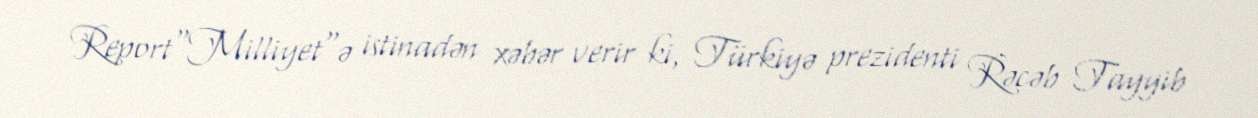
Report"Milliyet"ə istinadən xəbər verir ki, Türkiyə prezidenti Rəcəb Tayyib